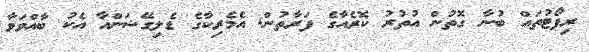
ރިޕޯޓުތައް ބުނާ ގޮތުން އުތުރު ކޮރެއާގެ ފަރާތުން